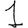
Digit: 1